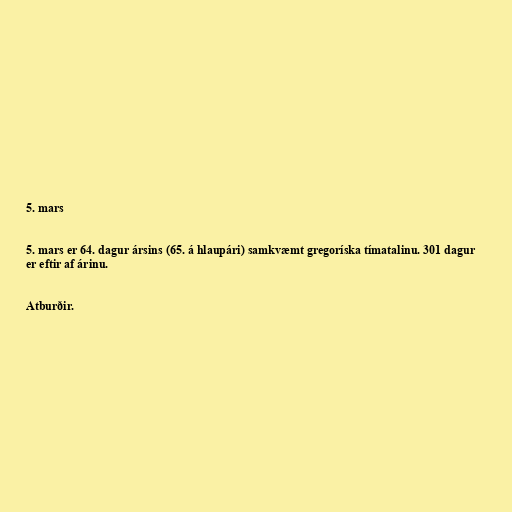
5. mars

5. mars er 64. dagur ársins (65. á hlaupári) samkvæmt gregoríska tímatalinu. 301 dagur
er eftir af árinu.

Atburðir.